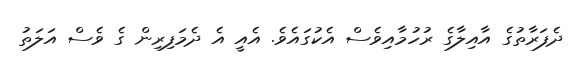
ދެފަރާތުގެ އާއިލާގެ ރުހުމާއިވެސް އެކުގައެވެ. އެއީ އެ ދެމަފިރިން ގެ ވެސް އަލަތު